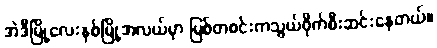
အဲဒီမြို့လေးနှစ်မြို့အလယ်မှာ မြစ်တစင်းကသွယ်ဝိုက်စီးဆင်းနေတယ်။